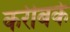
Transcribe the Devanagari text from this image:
करीबके